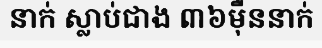
នាក់ ស្លាប់ជាង ៣៦ម៉ឺននាក់